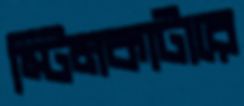
স্টিমকাটারে